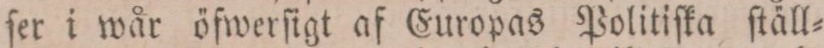
ſer i wår öfwerſigt af Europas Politiſka ſtäll=